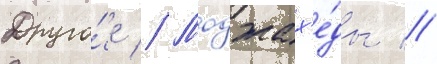
Друго́е // Моджах'е́ды //